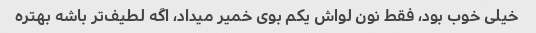
خیلی خوب بود، فقط نون لواش یکم بوی خمیر میداد، اگه لطیف‌تر باشه بهتره